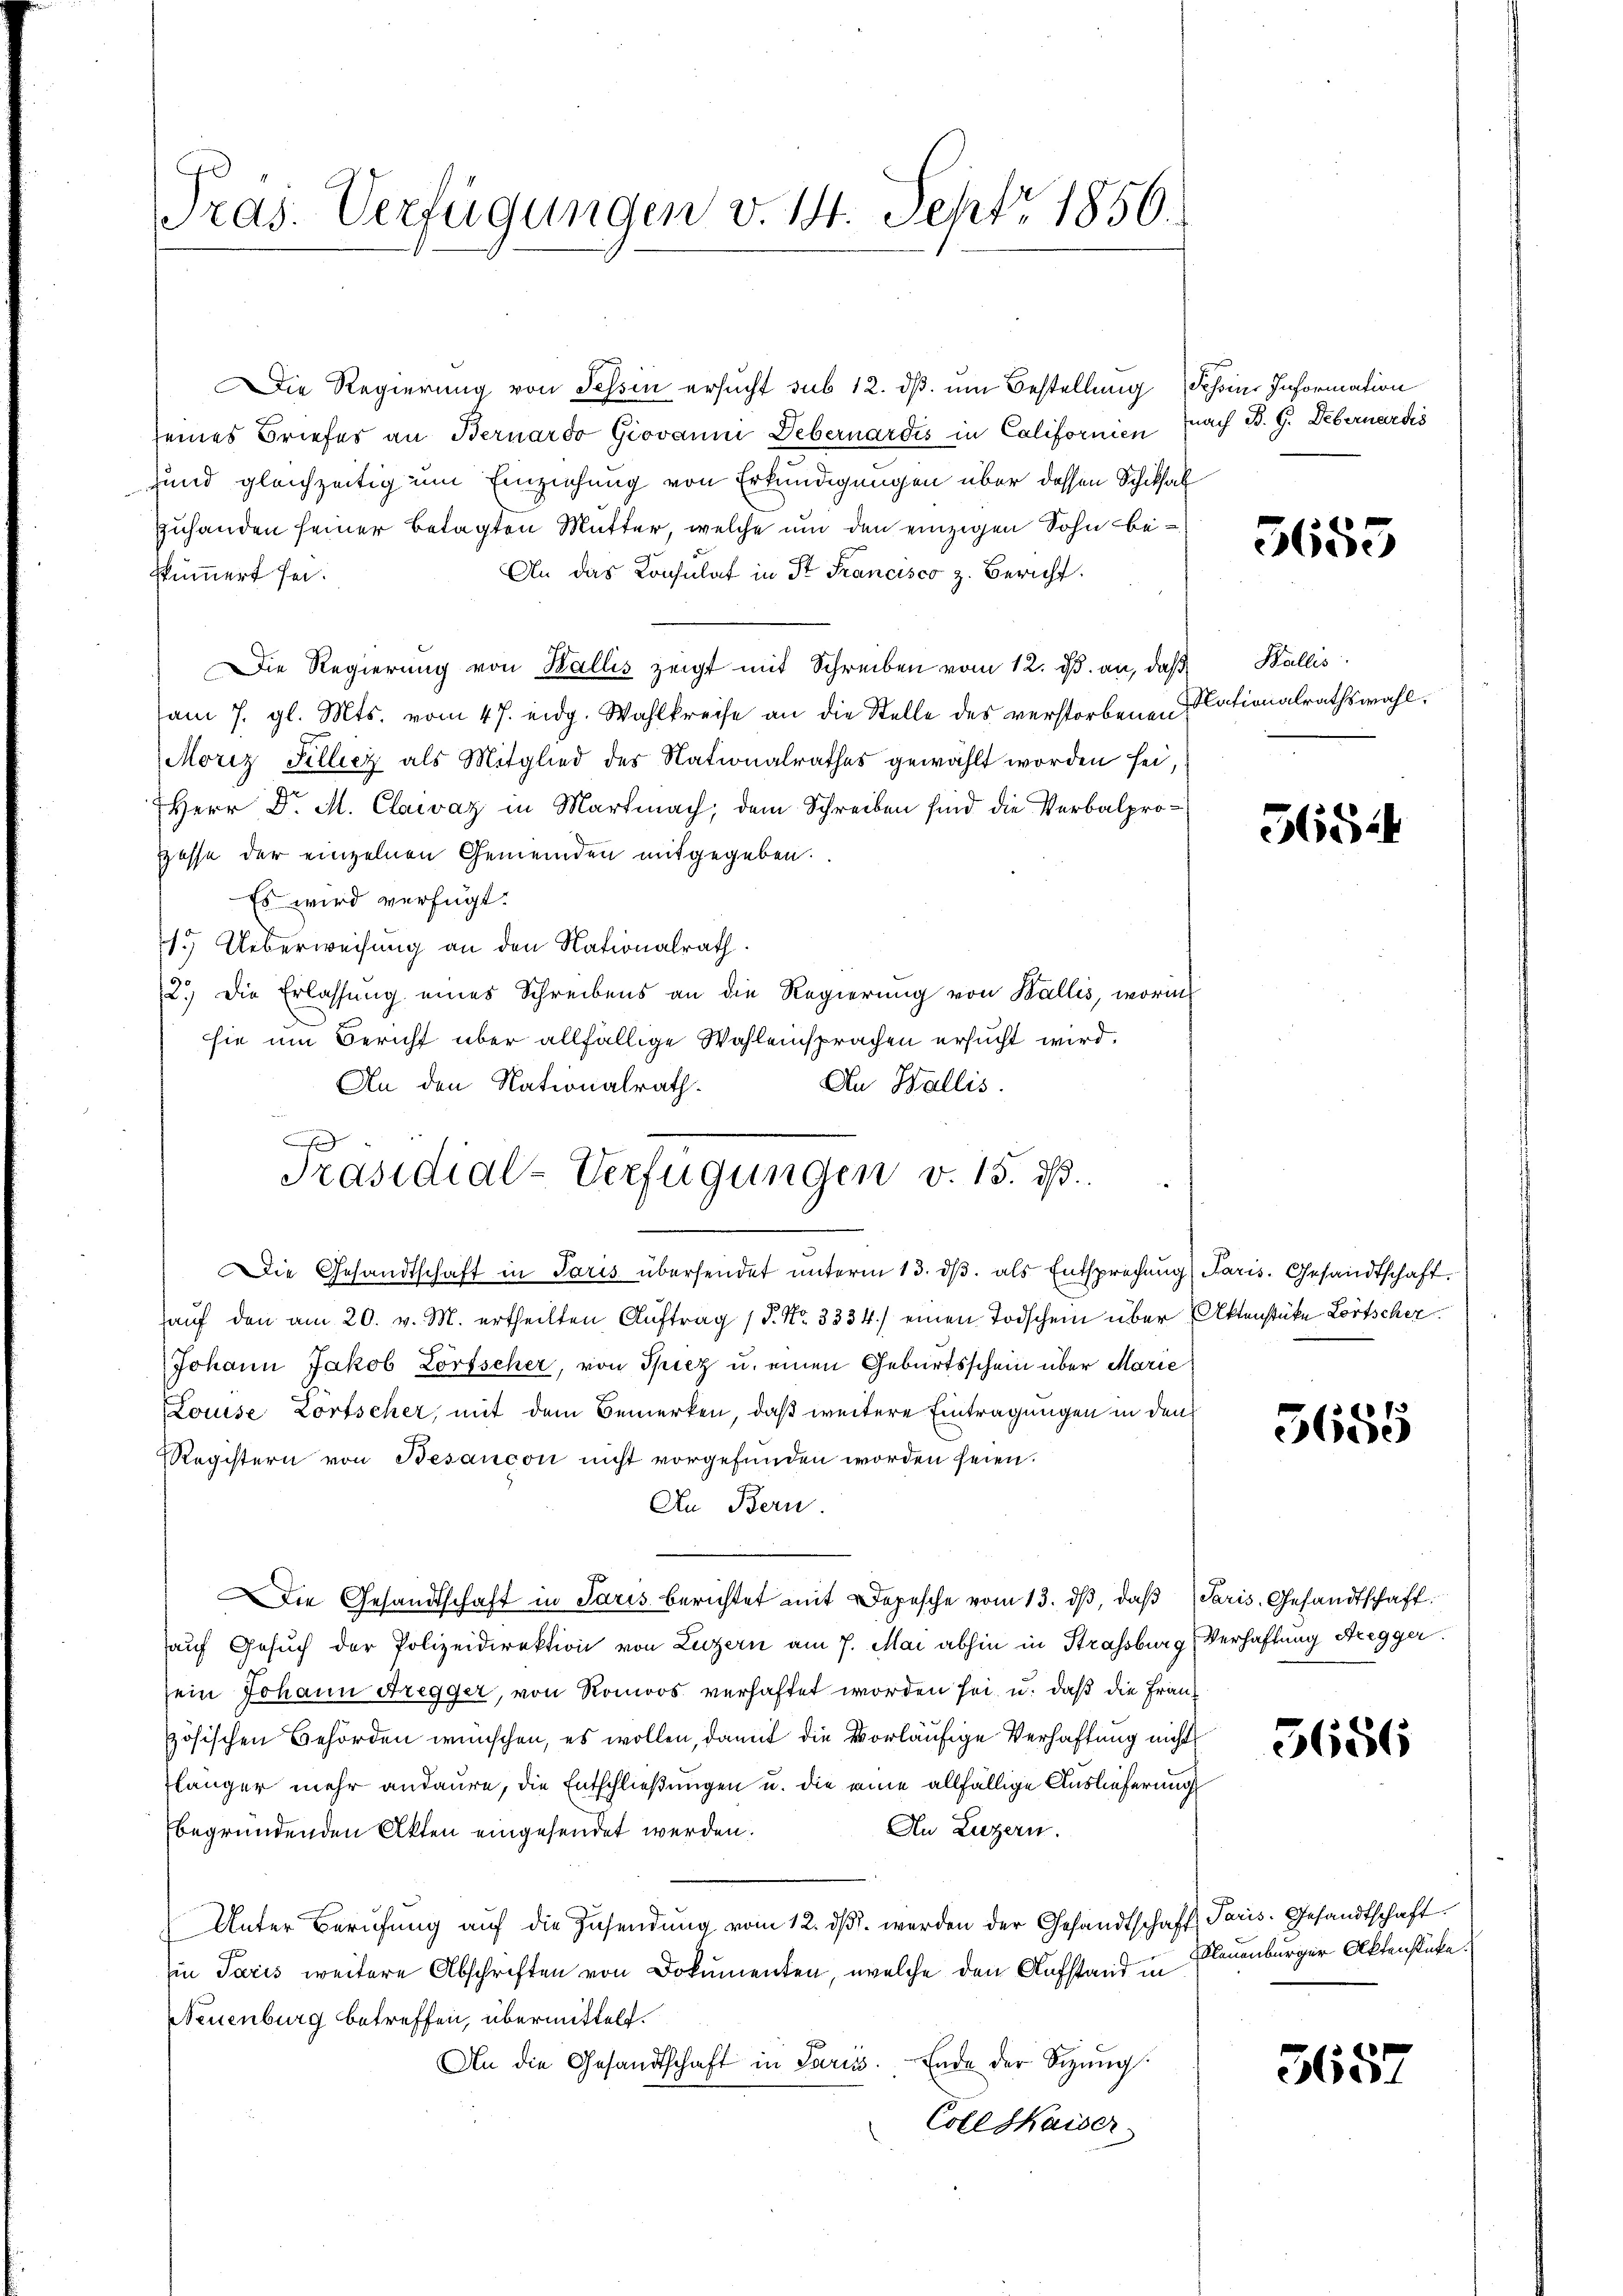
Pras. Verfügungen v. 14. Sept. 1856.

Die Regierung von Tessin ersucht sub 12. ds. um Bestellung Scheine Information
seines Briefes an Bernardo Giovanm Debernardis in Californien (nach B. G. Debernardis
Hund gleichzeitig um Einziehung von Erkundigungen über dessen Schiksal
zuhanden seiner betagten Mutter, welche um den einzigen Sohn be¬
An das Konsulat in St. Francisco z. Bericht
stümmert sei.
Die Regierung von Wallis zeigt mit Schreiben vom 12. ds. an, daß
am 7. gl. Mts. vom 47. eidg. Wahlkreise an die Stelle des verstorbenen
Moriz Sillicz als Mitglied des Nationalrathes gewählt worden sei,
Herr D. M. Clawaz in Martmach, dem Schreiben sind die Verbalpro¬
Hasse der einzelnen Gemeinden mitgegeben.
Es wird verfügt:
1. Ueberweisung an den Nationalrath.
2.) Die Erlassung eines Schreibens an die Regierung von Wallis, worin
sie um Bericht über allfällige Wahleinsprachen ersucht wird.
An Wallis.
An den Nationalrath.
Die Gesandtschaft in Paris übersendet unterm 13. dβ als Entsprechung Paris. Gesandtschaft.
aŭf den am 20. v. M. ertheilten Aŭftrag / P. Nr. 3334.) einen Todschein über Aktenstüke Lortscher
Johann Jakob Lorfscher, von Spiez u. einen Geburtsschein über Marie
Louise Zortscher, mit dem Bemerken, daß weitere Eintragungen in den
Registern von Besançon nicht vorgefunden worden seien.
An Bern.
Die Gesandtschaft in Paris berichtet mit Depesche vom 13. dβ, daß
auf Gesuch der Polizeidirektion von Luzern am 7. Mai abhin in Strassburg Verhaftung Aregger.
sein Johann Bregger, von Romoos verhaftet worden sei, u. daß die Frauzösischen Behörden wünschen, es wollen, damit die vorläufige Verhaftung nicht
länger mehr andaure, die Entschließungen u. die eine allfällige Auslieferungs
An Luzern.
begründenden Akten eingesendet werden.
Unter Berŭfŭng aŭf die Zŭsendŭng vom 12. dβ. werden der Gesandtschaft Paris. Gesandtschaft
Ein Paris weitere Abschriften von Dokumenten, welche den Aufstand in
Neuenburg betreffen, übermittelt.
An die Gesandtschaft in Paris. Ende der Sitzung
Coel Kaiser

D
Präsidial-Verfügungen v. 15. dß.

5655

Wallis
Nationalrathswahl.

565:

73
bede

Paris, Gesandtschaft.

5686

Klauenburger Aktenstücke.

3657